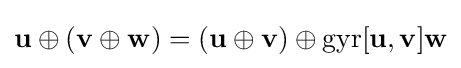
\mathbf {u} \oplus (\mathbf {v} \oplus \mathbf {w} )=(\mathbf {u} \oplus \mathbf {v} )\oplus \mathrm {gyr} [\mathbf {u} ,\mathbf {v} ]\mathbf {w}